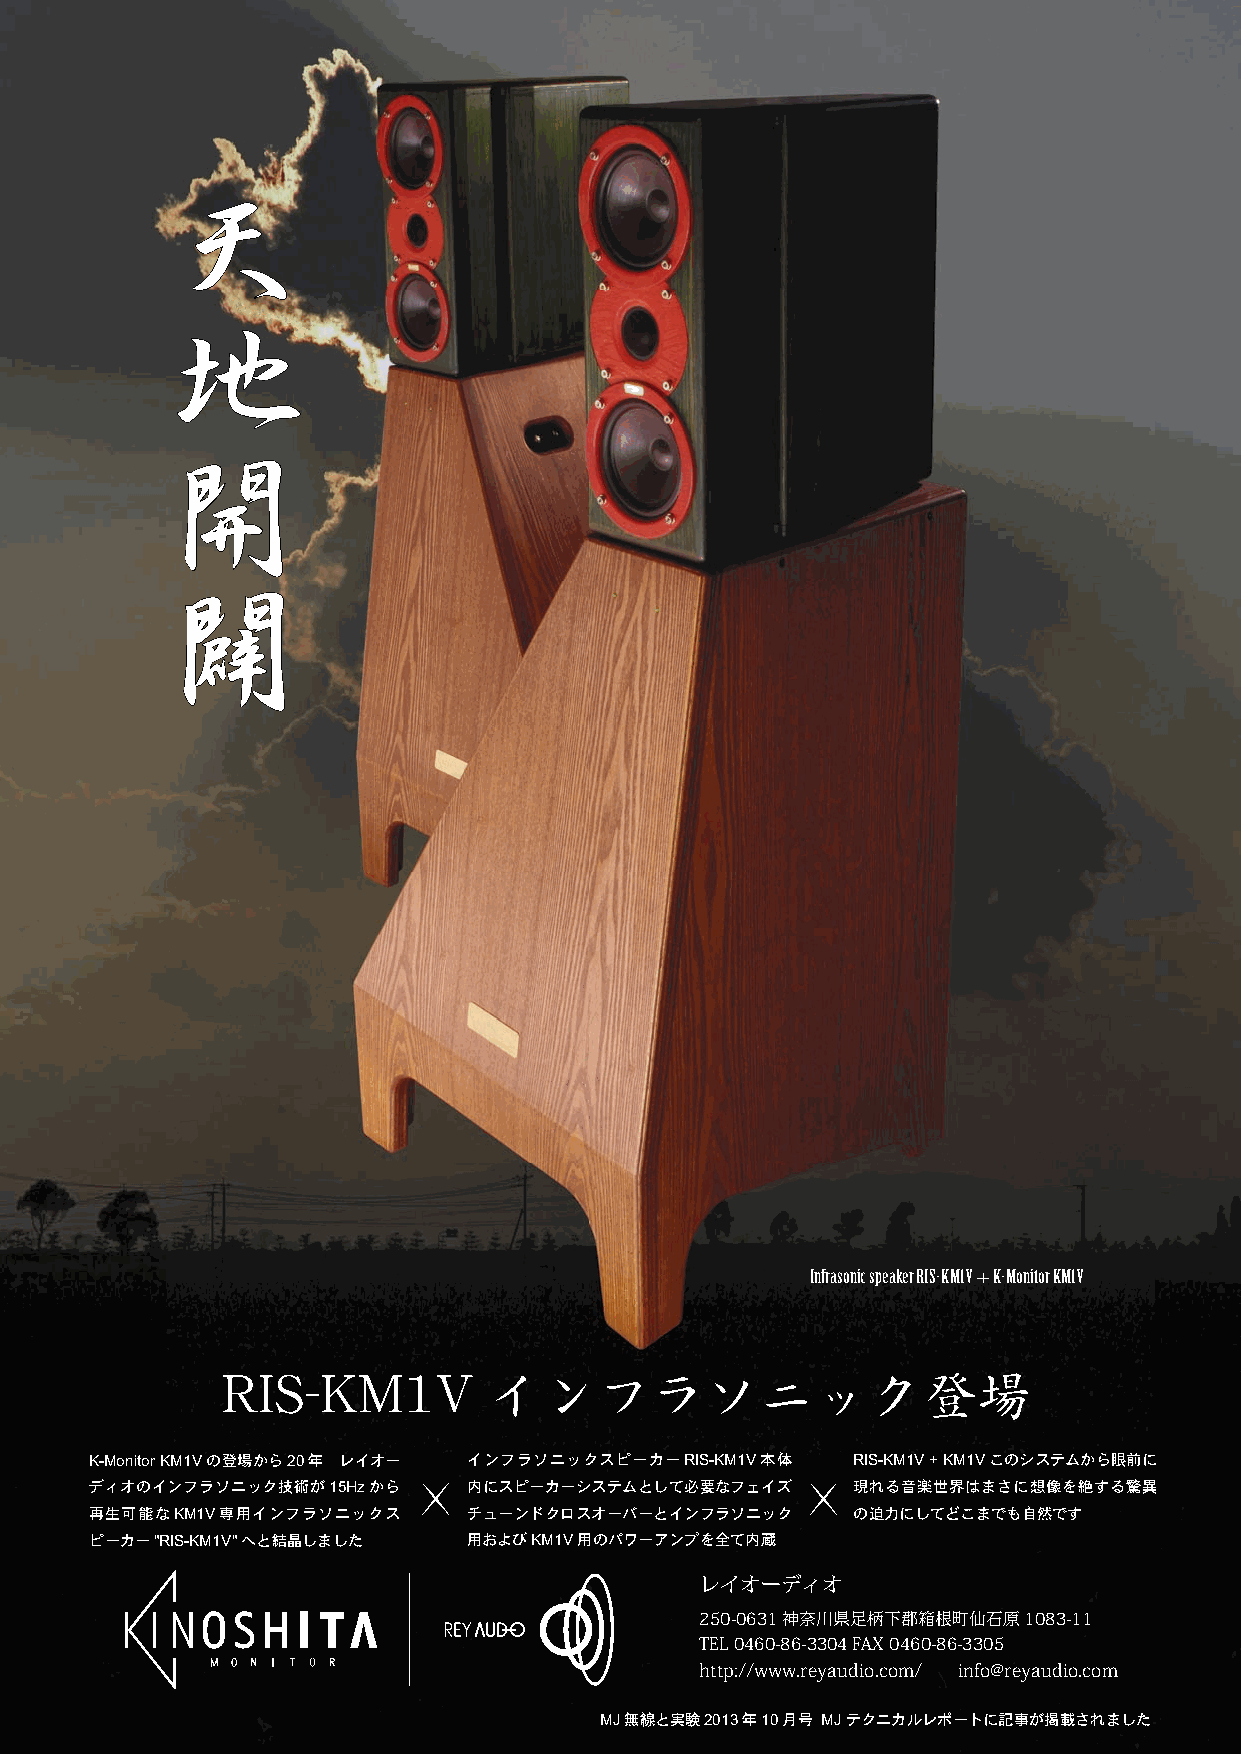
天
 地
 開
 闢
 Infrasonic speaker RIS-KM1V + K-Monitor KM1V
 RIS-KM1V         インフラソニック登場
 K-Monitor KM1Vの登場から20年 レイオー インフラソニックスピーカーRIS-KM1V本体 RIS-KM1V + KM1Vこのシステムから眼前に
 ディオのインフラソニック技術が15Hzから    内にスピーカーシステムとして必要なフェイズ    現れる音楽世界はまさに想像を絶する驚異
 再生可能なKM1V専用インフラソニックス     チューンドクロスオーバーとインフラソニック    の迫力にしてどこまでも自然です
 ピーカー"RIS-KM1V"へと結晶しました   用およびKM1V用のパワーアンプを全て内蔵
 レイオーディオ
 250-0631 神奈川県足柄下郡箱根町仙石原1083-11
 TEL 0460-86-3304 FAX 0460-86-3305
 http://www.reyaudio.com/ info@reyaudio.com
 MJ無線と実験2013年10月号 MJテクニカルレポートに記事が掲載されました